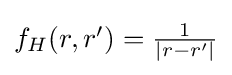
{\textstyle f_{H}(r,r')={\frac {1}{|r-r'|}}}